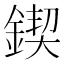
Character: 鍥